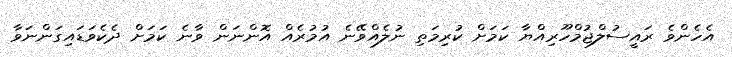
އެހެންވެ ރައީސުލްޖުމްހޫރިއްޔާ ކަމަށް ކުރިމަތި ނުލެއްވޭނެ އުމުރެއް އޮންނަން ވާނެ ކަމަށް ދެކެވަޑައިގަންނަވާ